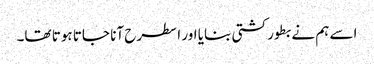
اسے ہم نے بطور کشتی بنایا اور ا سطرح آنا جاتا ہوتا تھا۔